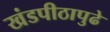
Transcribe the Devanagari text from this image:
खंडपीठापुढे